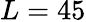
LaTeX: L=45